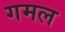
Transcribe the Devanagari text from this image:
गमल